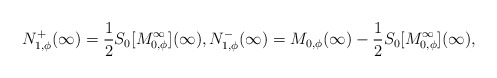
\begin{align*}N_{1,\phi}^{+}(\infty) = \frac{1}{2} S_{0}[M^\infty_{0,\phi}](\infty),N_{1,\phi}^{-}(\infty) =M_{0,\phi}(\infty) -\frac{1}{2} S_{0}[M^\infty_{0,\phi}](\infty),\end{align*}